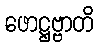
ဖောဋ္ဌဗ္ဗာတိ